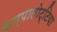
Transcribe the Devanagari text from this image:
कप्पालोट्टिया